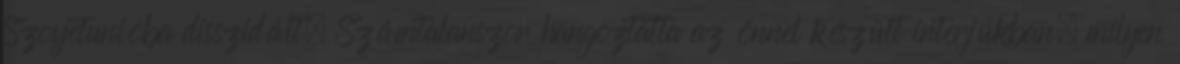
Szovjetunióba disszidált. Számtalanszor hangoztatta az önnel készült interjúkban, milyen